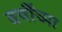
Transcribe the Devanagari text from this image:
वर्षींच्या